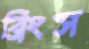
ব্রিংস